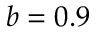
b = 0 . 9